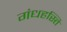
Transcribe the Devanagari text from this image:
गंधहस्ति